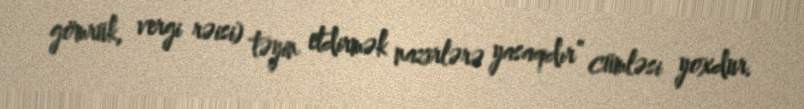
gömrük, vergi rəisi) təyin etdirmək nazirlərə yasaqdır” cümləsi yoxdur.